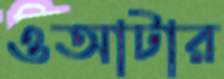
ওআটার